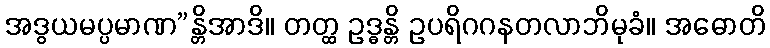
အဒွယမပ္ပမာဏ”န္တိအာဒိ။ တတ္ထ ဥဒ္ဓန္တိ ဥပရိဂဂနတလာဘိမုခံ။ အဓောတိ